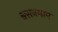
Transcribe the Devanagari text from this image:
श्वसनमाप